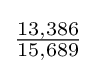
{\tfrac {13,386}{15,689}}